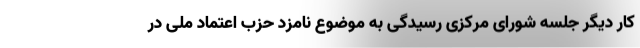
کار دیگر جلسه شورای مرکزی رسیدگی به موضوع نامزد حزب اعتماد ملی در